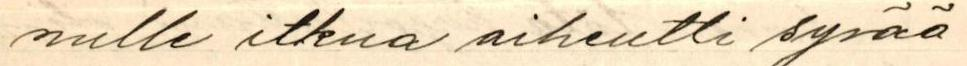
nulle itkua aiheutti syvää